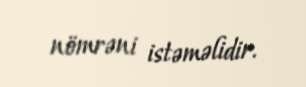
nömrəni istəməlidir.